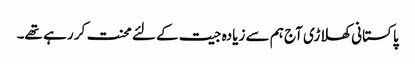
پاکستانی کھلاڑی آج ہم سے زیادہ جیت کے لئے محنت کر رہے تھے۔